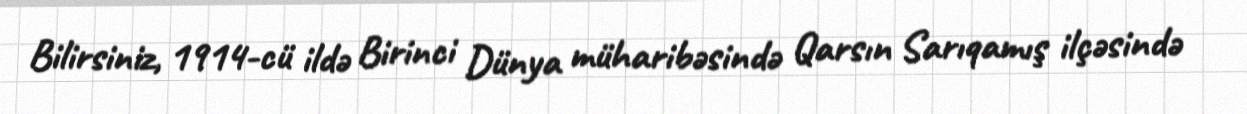
Bilirsiniz, 1914-cü ildə Birinci Dünya müharibəsində Qarsın Sarıqamış ilçəsində